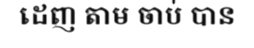
ដេញ តាម ចាប់ បាន